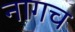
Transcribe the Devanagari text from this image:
नागच